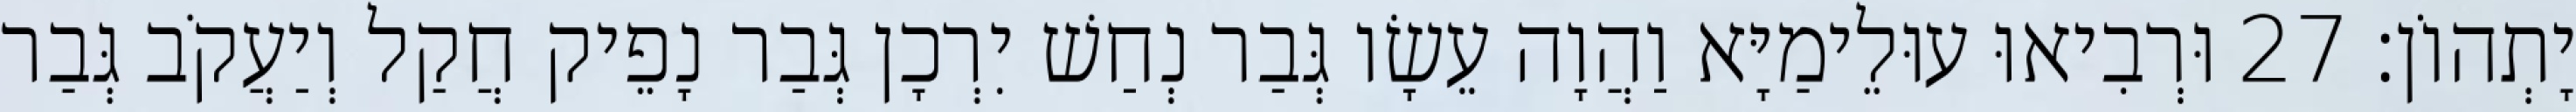
יָתְהוֹן׃ 27 וּרְבִיאוּ עוּלֵימַיָּא וַהֲוָה עֵשָׂו גְּבַר נְחַשׁ יִרְכָן גְּבַר נָפֵיק חֲקַל וְיַעֲקֹב גְּבַר